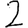
Digit: 2